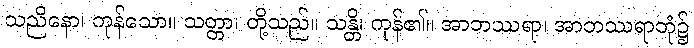
သညိနော၊ ကုန်သော။ သတ္တာ၊ တို့သည်။ သန္တိ၊ ကုန်၏။ အာဘဿရာ၊ အာဘဿရာဘုံ၌